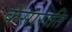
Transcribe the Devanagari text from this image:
कंसाराति